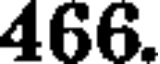
466.